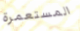
المستعمرة